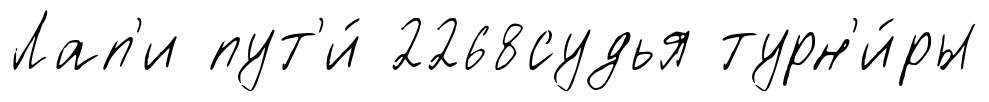
Лап'и пут'и́ 2268судья турн'и́ры